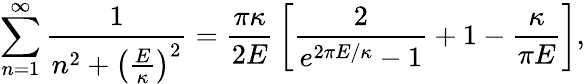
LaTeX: \sum_{n=1}^{\infty}{\frac{1}{n^{2}+\left({\frac{E}{\kappa}}\right)^{2}}}={\frac{\pi\kappa}{2E}}\left[{\frac{2}{e^{2\pi E/\kappa}-1}}+1-{\frac{\kappa}{\pi E}}\right],